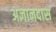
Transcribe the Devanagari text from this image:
अज्ञानदास